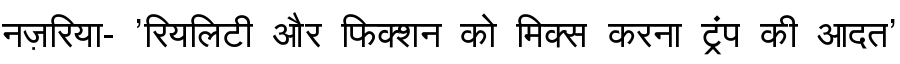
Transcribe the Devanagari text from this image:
नज़रिया- 'रियलिटी और फिक्शन को मिक्स करना ट्रंप की आदत'